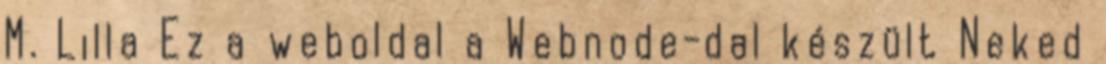
M. Lilla Ez a weboldal a Webnode-dal készült Neked